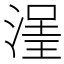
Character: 𣹽